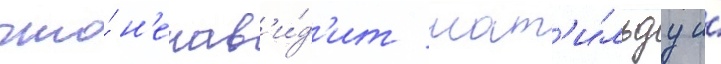
что́ н'енав'и́д'ит мат'и́льду и́